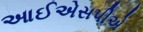
આઈએસપીએ